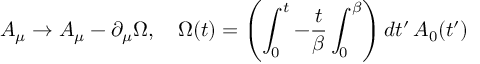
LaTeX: A _ { \mu } \rightarrow A _ { \mu } - \partial _ { \mu } \Omega , \quad \Omega ( t ) = \left( \int _ { 0 } ^ { t } - { \frac { t } { \beta } } \int _ { 0 } ^ { \beta } \right) d t ^ { \prime } \, A _ { 0 } ( t ^ { \prime } )